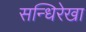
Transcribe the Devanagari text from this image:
सन्धिरेखा